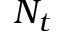
N _ { t }